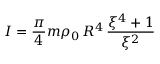
I = \frac { \pi } { 4 } m \rho _ { 0 } \, R ^ { 4 } \, \frac { \xi ^ { 4 } + 1 } { \xi ^ { 2 } }